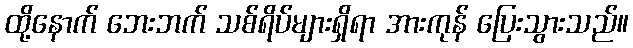
ထို့နောက် ဘေးဘက် သစ်ရိပ်များရှိရာ အားကုန် ပြေးသွားသည်။